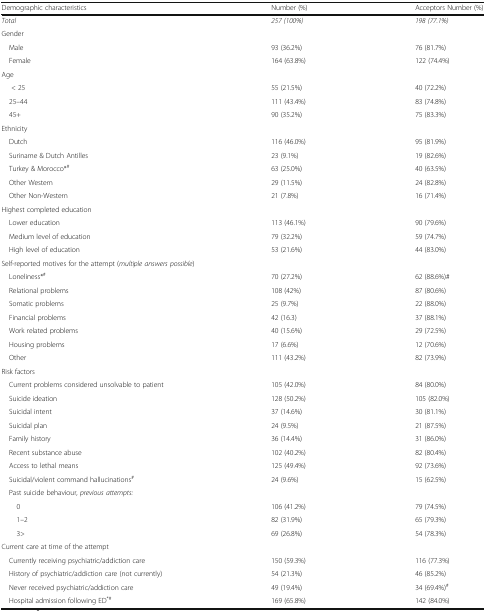
<table><thead><tr><td><b>Demographic characteristics</b></td><td><b>Number (%)</b></td><td><b>Acceptors Number (%)</b></td></tr></thead><tbody><tr><td><i>Total</i></td><td><i>257 (100%)</i></td><td><i>198 (77.1%)</i></td></tr><tr><td colspan="3">Gender</td></tr><tr><td> Male</td><td>93 (36.2%)</td><td>76 (81.7%)</td></tr><tr><td> Female</td><td>164 (63.8%)</td><td>122 (74.4%)</td></tr><tr><td colspan="3">Age</td></tr><tr><td>&lt; 25</td><td>55 (21.5%)</td><td>40 (72.2%)</td></tr><tr><td> 25–44</td><td>111 (43.4%)</td><td>83 (74.8%)</td></tr><tr><td> 45+</td><td>90 (35.2%)</td><td>75 (83.3%)</td></tr><tr><td colspan="3">Ethnicity</td></tr><tr><td> Dutch</td><td>116 (46.0%)</td><td>95 (81.9%)</td></tr><tr><td> Suriname &amp; Dutch Antilles</td><td>23 (9.1%)</td><td>19 (82.6%)</td></tr><tr><td> Turkey &amp; Morocco*<sup>#</sup></td><td>63 (25.0%)</td><td>40 (63.5%)</td></tr><tr><td> Other Western</td><td>29 (11.5%)</td><td>24 (82.8%)</td></tr><tr><td> Other Non-Western</td><td>21 (7.8%)</td><td>16 (71.4%)</td></tr><tr><td colspan="3">Highest completed education</td></tr><tr><td> Lower education</td><td>113 (46.1%)</td><td>90 (79.6%)</td></tr><tr><td> Medium level of education</td><td>79 (32.2%)</td><td>59 (74.7%)</td></tr><tr><td> High level of education</td><td>53 (21.6%)</td><td>44 (83.0%)</td></tr><tr><td colspan="3">Self-reported motives for the attempt (<i>multiple answers possible</i>)</td></tr><tr><td> Loneliness*<sup>#</sup></td><td>70 (27.2%)</td><td>62 (88.6%)#</td></tr><tr><td> Relational problems</td><td>108 (42%)</td><td>87 (80.6%)</td></tr><tr><td> Somatic problems</td><td>25 (9.7%)</td><td>22 (88.0%)</td></tr><tr><td> Financial problems</td><td>42 (16.3)</td><td>37 (88.1%)</td></tr><tr><td> Work related problems</td><td>40 (15.6%)</td><td>29 (72.5%)</td></tr><tr><td> Housing problems</td><td>17 (6.6%)</td><td>12 (70.6%)</td></tr><tr><td> Other</td><td>111 (43.2%)</td><td>82 (73.9%)</td></tr><tr><td colspan="3">Risk factors</td></tr><tr><td> Current problems considered unsolvable to patient</td><td>105 (42.0%)</td><td>84 (80.0%)</td></tr><tr><td> Suicide ideation</td><td>128 (50.2%)</td><td>105 (82.0%)</td></tr><tr><td> Suicidal intent</td><td>37 (14.6%)</td><td>30 (81.1%)</td></tr><tr><td> Suicidal plan</td><td>24 (9.5%)</td><td>21 (87.5%)</td></tr><tr><td> Family history</td><td>36 (14.4%)</td><td>31 (86.0%)</td></tr><tr><td> Recent substance abuse</td><td>102 (40.2%)</td><td>82 (80.4%)</td></tr><tr><td> Access to lethal means</td><td>125 (49.4%)</td><td>92 (73.6%)</td></tr><tr><td> Suicidal/violent command hallucinations<sup>#</sup></td><td>24 (9.6%)</td><td>15 (62.5%)</td></tr><tr><td colspan="3"> Past suicide behaviour, <i>previous attempts:</i></td></tr><tr><td>0</td><td>106 (41.2%)</td><td>79 (74.5%)</td></tr><tr><td>1–2</td><td>82 (31.9%)</td><td>65 (79.3%)</td></tr><tr><td>3&gt;</td><td>69 (26.8%)</td><td>54 (78.3%)</td></tr><tr><td colspan="3">Current care at time of the attempt</td></tr><tr><td> Currently receiving psychiatric/addiction care</td><td>150 (59.3%)</td><td>116 (77.3%)</td></tr><tr><td> History of psychiatric/addiction care (not currently)</td><td>54 (21.3%)</td><td>46 (85.2%)</td></tr><tr><td> Never received psychiatric/addiction care</td><td>49 (19.4%)</td><td>34 (69.4%)<sup>#</sup></td></tr><tr><td> Hospital admission following ED<sup>*#</sup></td><td>169 (65.8%)</td><td>142 (84.0%)</td></tr></tbody></table>